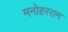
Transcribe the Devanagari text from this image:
मनोहरराम